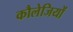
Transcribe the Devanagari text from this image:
कौलेजियों